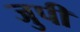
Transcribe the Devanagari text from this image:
जुपी